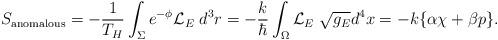
LaTeX: \begin{align*}S_{\rm anomalous}= - {1\over T_H} \int_\Sigma e^{-\phi} {\cal L}_E \; d^3r= - {k\over\hbar} \int_\Omega {\cal L}_E \; \sqrt{g_E} d^4x= - k \{\alpha\chi +\beta p\}.\end{align*}